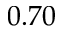
0 . 7 0